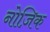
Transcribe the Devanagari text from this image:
नोज़िक